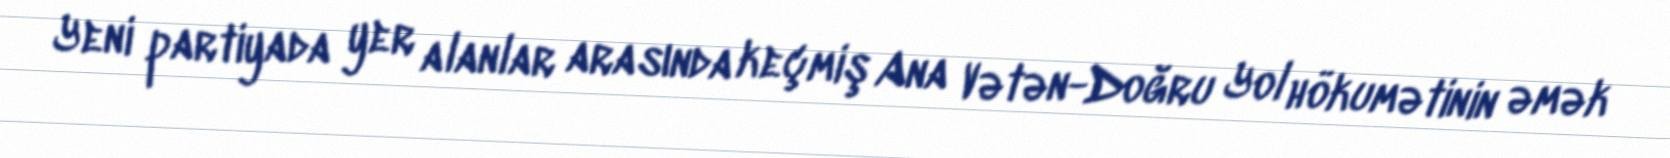
Yeni partiyada yer alanlar arasında keçmiş Ana Vətən-Doğru Yol hökumətinin əmək